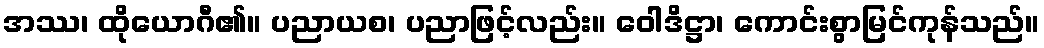
အဿ၊ ထိုယောဂီ၏။ ပညာယစ၊ ပညာဖြင့်လည်း။ ဝေါဒိဋ္ဌာ၊ ကောင်းစွာမြင်ကုန်သည်။